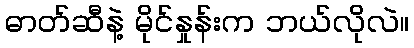
ဓာတ်ဆီနဲ့ မိုင်နှုန်းက ဘယ်လိုလဲ။